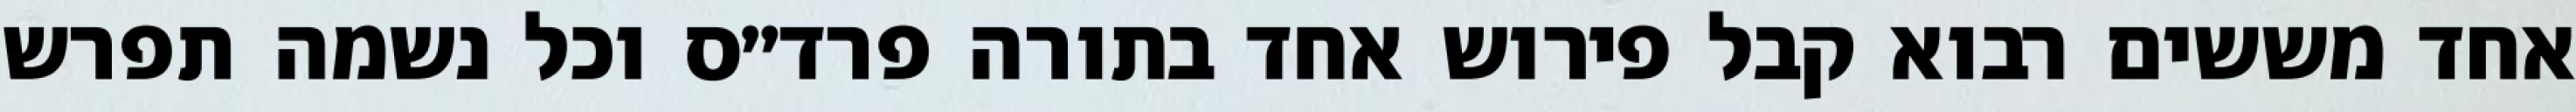
אחד מששים רבוא קבל פירוש אחד בתורה פרד״ס וכל נשמה תפרש